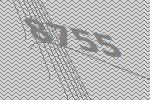
8755